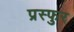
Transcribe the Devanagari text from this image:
प्रस्फुर